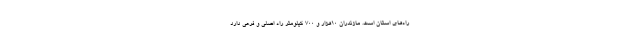
راه‌های استان است. مازندران ۱۰هزار و ۷۰۰ کیلومتر راه اصلی و فرعی دارد